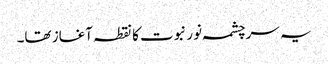
یہ سرچشمہ نور نبوت کا نقطہ آغاز تھا۔